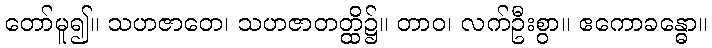
တော်မူ၍။ သဟဇာတေ၊ သဟဇာတတ္ထိ၌။ တာဝ၊ လက်ဦးစွာ။ ဧကောခန္ဓော။